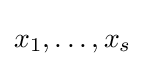
x_{1},\dots ,x_{s}